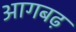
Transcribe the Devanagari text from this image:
आगबढ़